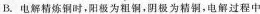
B.电解精炼铜时，阳极为相铜，阴极为精铜，电解过程中